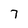
Character: 7